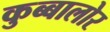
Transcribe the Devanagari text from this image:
कुब्बालोर